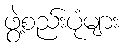
ဖွဲ့စည်းပုံများ